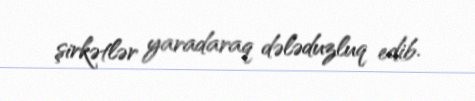
şirkətlər yaradaraq dələduzluq edib.